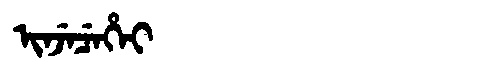
Manchu: ᡳᠨᠵᡝᠴᡝᡥᡝᡳ
Romanization: INJECEHEI